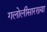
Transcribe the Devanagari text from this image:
गलोलीसारख्या